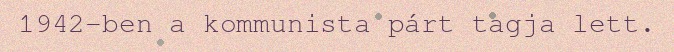
1942-ben a kommunista párt tagja lett.